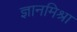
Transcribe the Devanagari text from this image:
ज्ञानमिश्रा